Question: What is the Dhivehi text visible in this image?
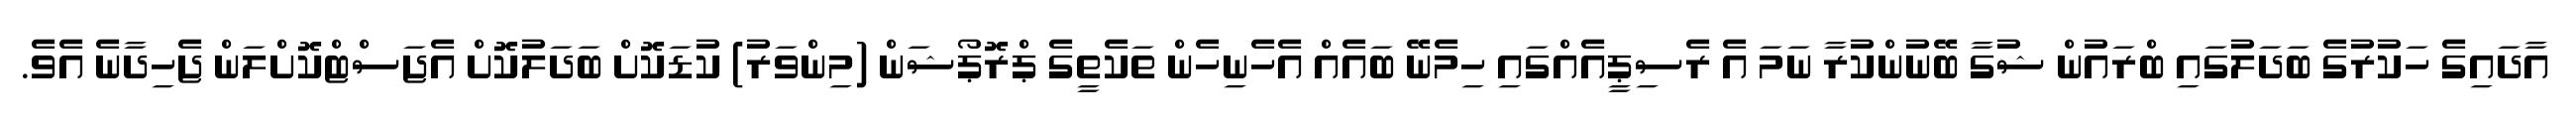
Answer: އާދައިގެ ހަކުރުގެ ބަދަލުގައި ބްރައުން ޝުގާ ބޭނުންކުރާ ނަމަ އެ ރެސިޕީއެއްގައި ހިމެނޭ ބައެއް އެހެނިހެން ތަކެތީގެ ޕްރޮޕޯޝަން (މިންވަރު) ކުޑަކޮށް ބަދަލުކޮށް އެޖަސްޓްކޮށްލަން ޖެހިދާނެ އެވެ.